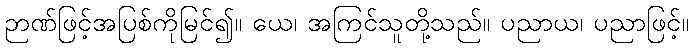
ဉာဏ်ဖြင့်အပြစ်ကိုမြင်၍။ ယေ၊ အကြင်သူတို့သည်။ ပညာယ၊ ပညာဖြင့်။